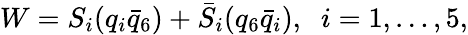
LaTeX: W=S_{i}(q_{i}\bar{q}_{6})+\bar{S}_{i}(q_{6}\bar{q}_{i}),\; \; i=1,\ldots,5,